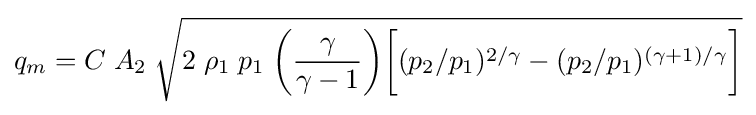
q_{m}=C\;A_{2}\;{\sqrt {2\;\rho _{1}\;p_{1}\;{\bigg (}{\frac {\gamma }{\gamma -1}}{\bigg )}{\bigg [}(p_{2}/p_{1})^{2/\gamma }-(p_{2}/p_{1})^{(\gamma +1)/\gamma }{\bigg ]}}}